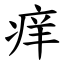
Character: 痒